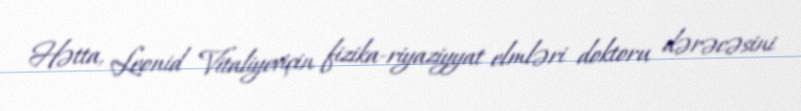
Hətta, Leonid Vitaliyeviçin fizika-riyaziyyat elmləri doktoru dərəcəsini